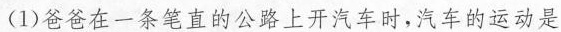
(1)爸爸在一条笔直的公路上开汽车时，汽车的运动是